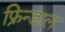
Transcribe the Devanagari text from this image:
फ्रिन्डाल